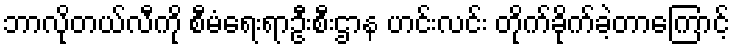
ဘာလိုတယ်လီကို စီမံရေးရာဦးစီးဌာန ဟင်းလင်း တိုက်ခိုက်ခဲ့တာကြောင့်